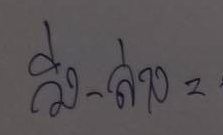
วิ่ง-ล่าง